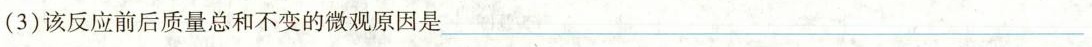
(3)该反应前后质量总和不变的微观原因是 ___